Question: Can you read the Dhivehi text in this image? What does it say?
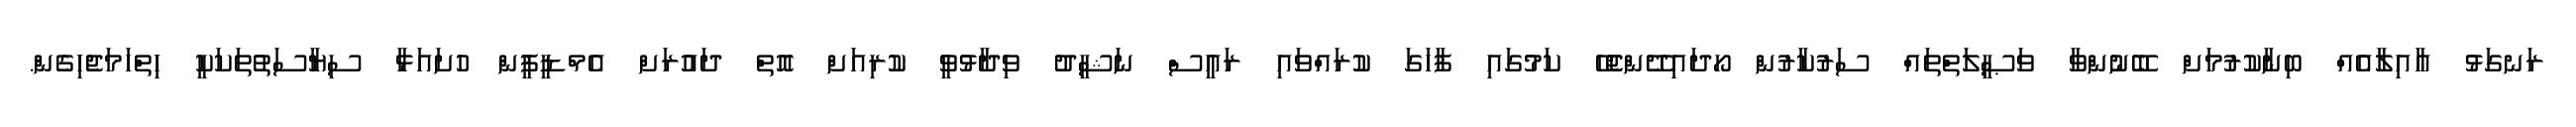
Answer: ރަނގަޅު ޢާއިލާއެއް ބިނާކުރުމަށް ބޭނުންވާ ވަޞީލަތްތައް ސަރުކާރުން ހޯދައިދޭންޖެހޭ ކަމުގައި ފާހަގަ ކުރައްވައި ރައީސް ނަޝީދު ވިދާޅުވީ ކުރިއަށް އޮތް ދައުރަށް އެމްޑީޕީން ހުށައަޅާ ސިޔާސަތުތަކަކީ ހިތްހަމަޖެހިގެން.